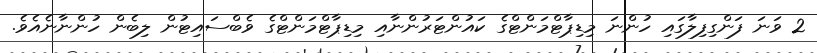
2 ވަނަ ފަންގިފިލާގައި ހުންނަ މިޑިޕާޓްމަންޓްގެ ކައުންޓަރުންނާއި މިޑިޕާޓްމަންޓްގެ ވެބްސައިޓުން ލިބެން ހުންނާނެއެވެ.